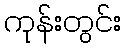
ကုန်းတွင်း